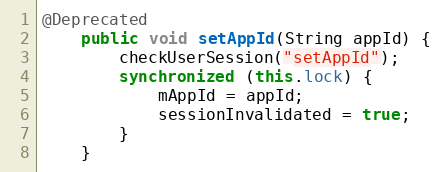
Language: Java
@Deprecated
    public void setAppId(String appId) {
        checkUserSession("setAppId");
        synchronized (this.lock) {
            mAppId = appId;
            sessionInvalidated = true;
        }
    }